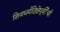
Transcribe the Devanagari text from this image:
शिवधर्मदिक्षेपूर्वीची